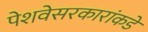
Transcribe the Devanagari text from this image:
पेशवेसरकारांकडे